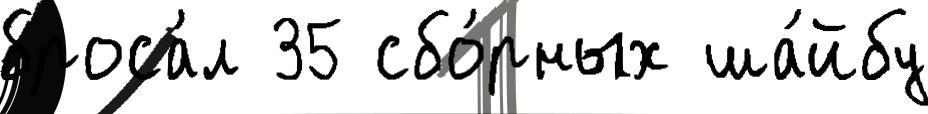
броса́л 35 сбо́рных ша́йбу